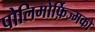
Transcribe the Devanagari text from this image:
पोलिमोर्फ़िज्मको